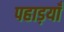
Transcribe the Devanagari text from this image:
पहाड़याँ